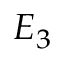
E _ { 3 }